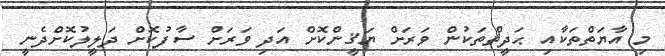
މި އާޔަތްތަކާއި ޙަދީޘްތަކުން ވަރަށް ޔަޤީންކޮށް އަދި ވަރަށް ސާފުކޮށް ދަލީލުކޮށްދެނީ